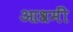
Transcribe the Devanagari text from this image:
आश्रमीं